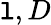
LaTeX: {\mathtt{l},D}